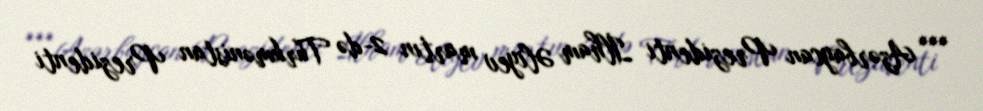
*** Azərbaycan Prezidenti İlham Əliyev martın 2-də Türkmənistan Prezidenti